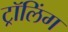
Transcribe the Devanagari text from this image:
ट्रॉलिंग